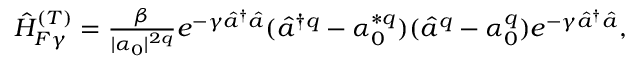
\begin{array} { r } { \hat { H } _ { F \gamma } ^ { ( T ) } = \frac { \beta } { | \alpha _ { 0 } | ^ { 2 q } } e ^ { - \gamma \hat { a } ^ { \dagger } \hat { a } } ( \hat { a } ^ { \dagger q } - \alpha _ { 0 } ^ { * q } ) ( \hat { a } ^ { q } - \alpha _ { 0 } ^ { q } ) e ^ { - \gamma \hat { a } ^ { \dagger } \hat { a } } , } \end{array}